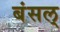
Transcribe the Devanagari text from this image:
बंसल्